Vabadussoja_Ajaloo_Komitee, lk 13
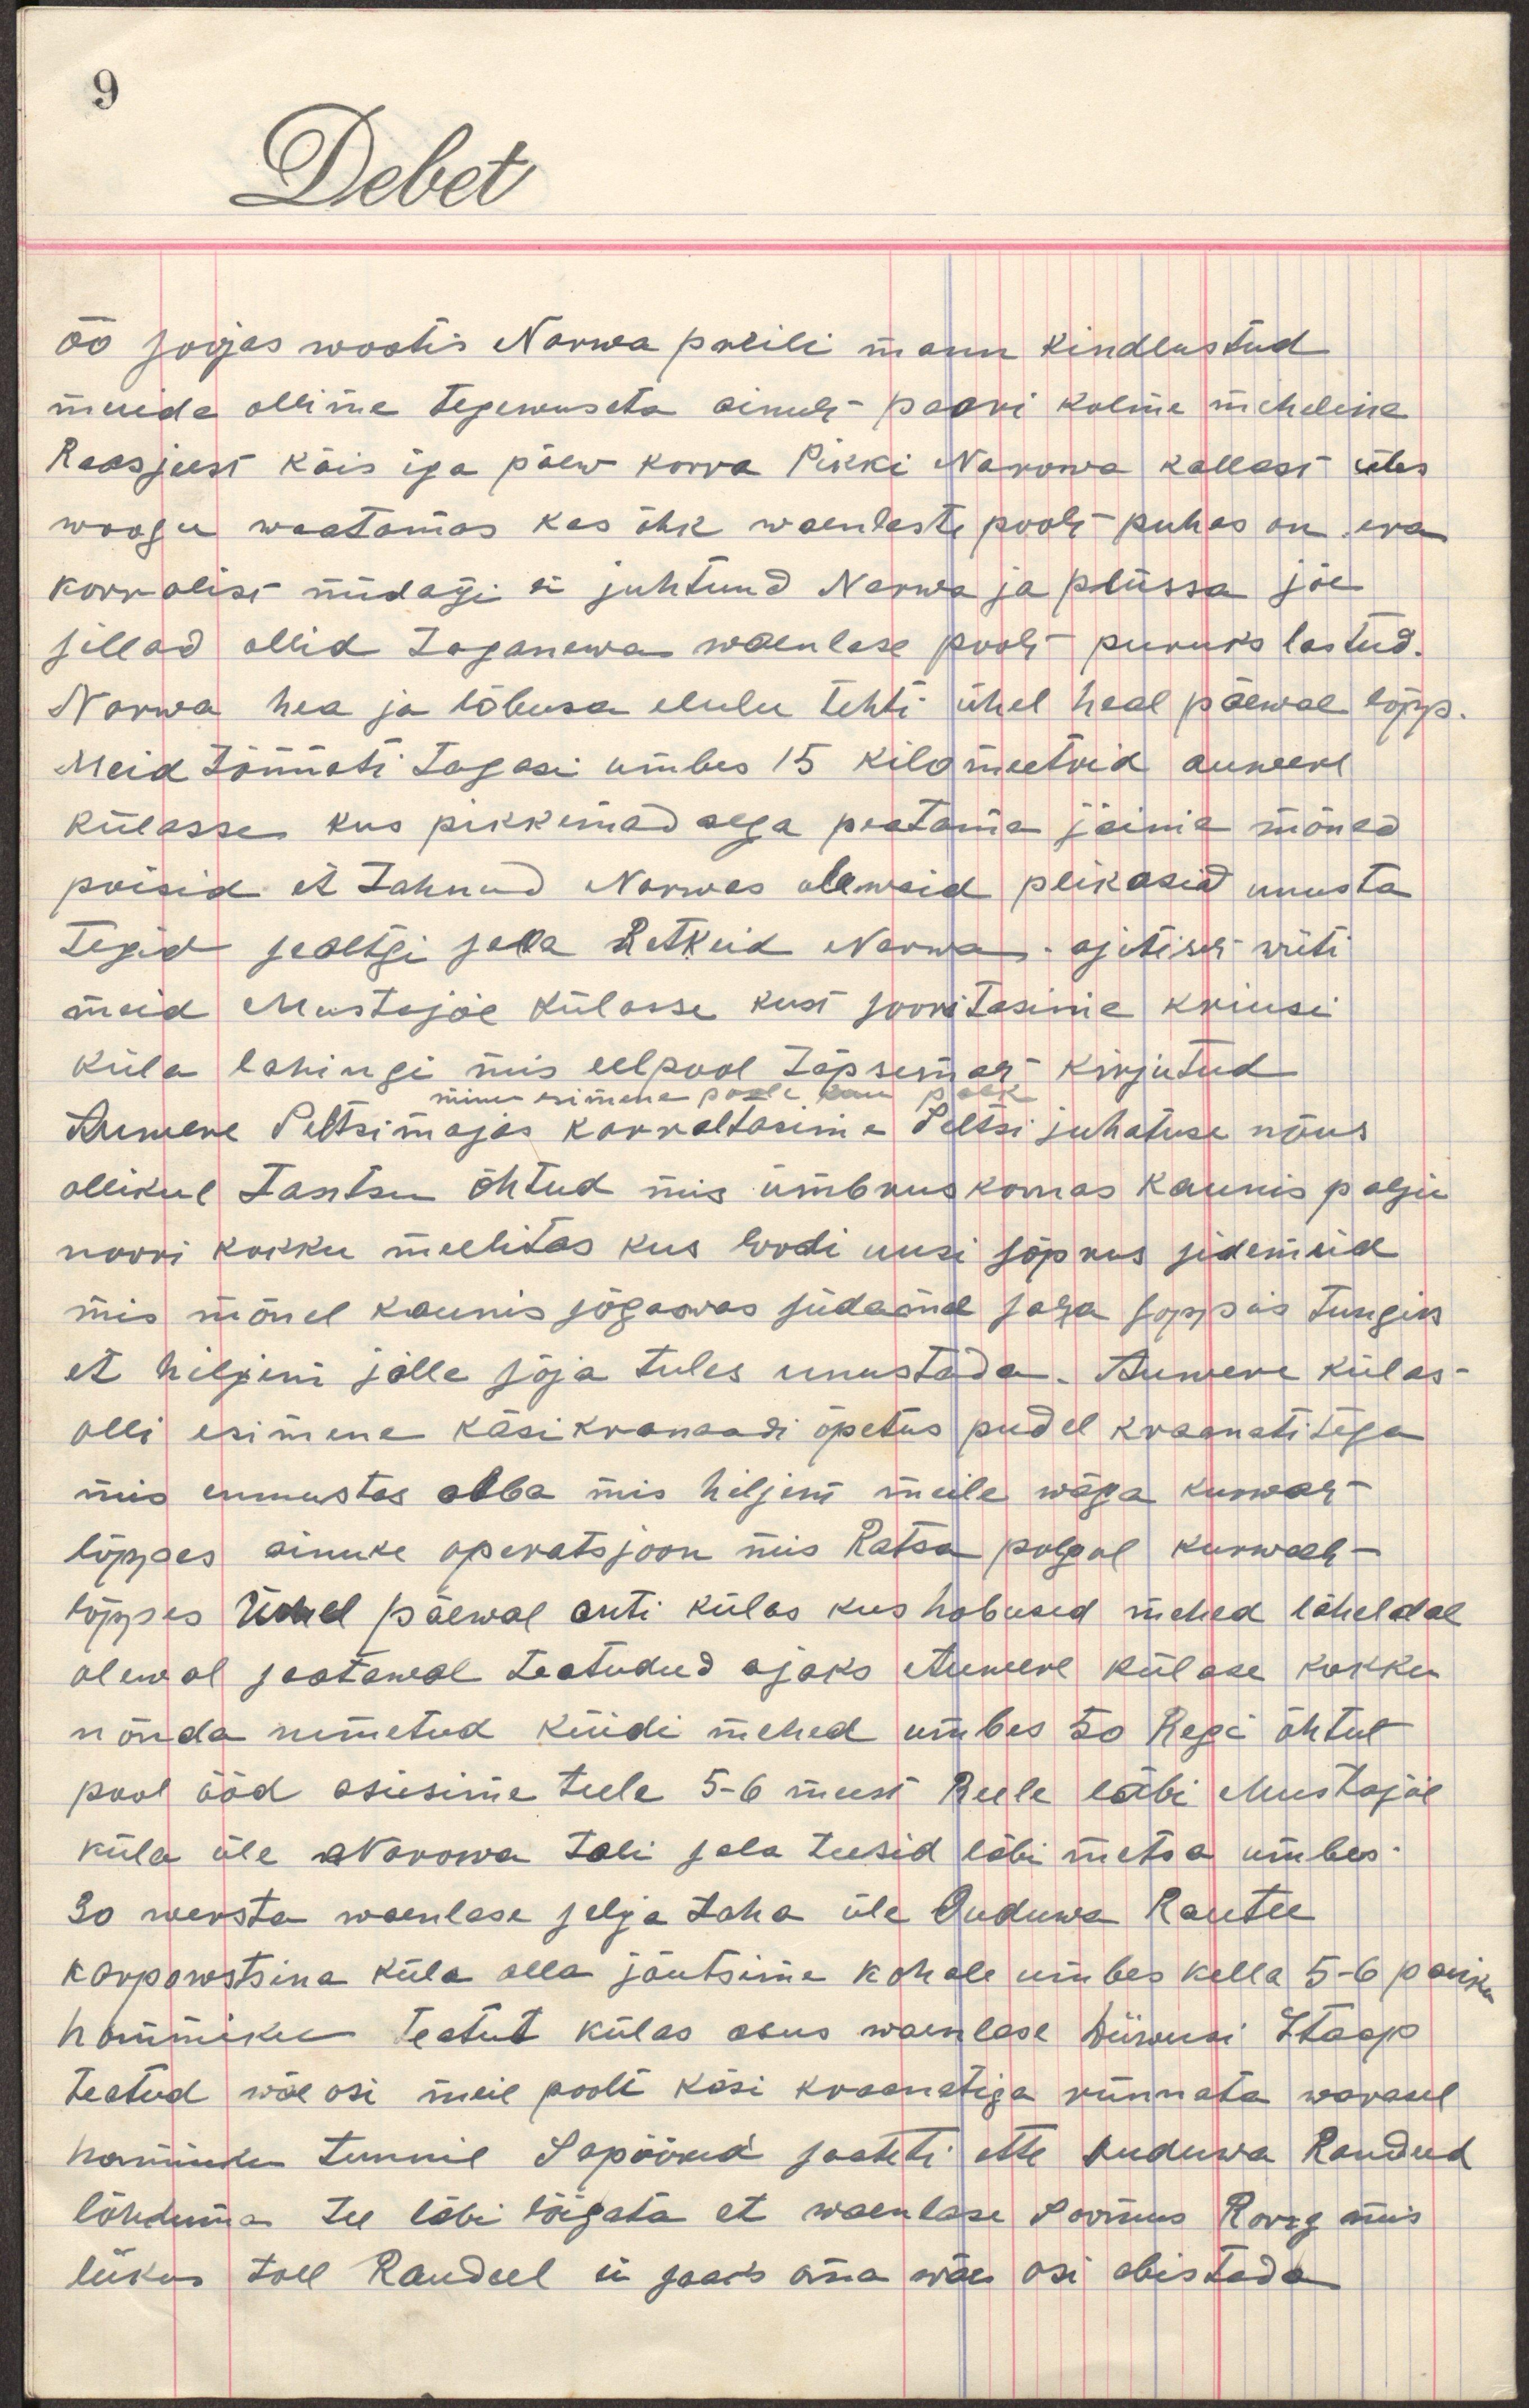
öö soojas wootis Narwa preili mann kindlustatud
muide ollime tegewuseta ainult paari kolme meheline  
Reasjust käis iga päew korra pikki Narowa kallast üles  
woogu waatamas kas õhk waenlaste poolt puhas on era
korralist midagi ei juhtund Narwa ja Plussa jõe 
sillad ollid taganewa waenlase poolt puruks lastud. 
Narwa hea ja lõbusa elulu tehti ühel päewal lõpp.
Meid tõmmati tagasi umbes 15 kilomeetrid auwere
külasse kus pikkemad aega peatama jäime mõned
poisid ei tahtnud Narwas olewaid plikasid unusta  
tegid sealtgi jalla retkid Narwa ajutiselt wiiti  
meid Mustajõe külasse kust sooritasime Kriusi 
küla lahingi mis eelpool täpsemalt kirjutud   
Auwere Seltsimajas korraldasin Seltsi juhatuse nõus
ollikul tantsu õhtud mis ümbruskonnas kaunis palju  
noori kokku meelitas kus loodi uusi sõprus sidemeid  
mis mõned kaunis sügawas südame sala soppis tungis  
et hiljem jälle sõja tules unustada. Auwere külas  
olli esimene käsi kranaadi õpetus pudel kraanatitega
mis ennustas alba mis hiljem meile wäga kurwast   
lõppes ainuke operatsjoon mis Ratsa polgul kurwalt   
lõppes ühel päewal anti külas kus hobused mehed läheldal   
olewal seotawal teatudud ajaks Auwere külasse kokku  
mõnda nimetud küidi mehed umbes 50 Regi õhtul
pool ööd asusime teele 5-6 meest Reele läbi Mustajõe  
küla üle Naroowa tuli sala teesid läbi metsa umbes 
30 wersta waenlase selja taha üle Oudowa Rautee 
korprostsina küla alla jõutsime kohale umbes kella 5-6 paiku  
hommiku teatut külas asus waenlase [...] Staap  
teatud wäeosi meie poolt käsi kranaatitega rünnata warasel  
hommiku tunnil Sopõõwa saateti ette Oudowa Raudeed   
lõhkuma tee läbi lõigata et waenlase Soomus Rong mis 
liikus toll Raudeel ei saaks oma wäe osi abistada